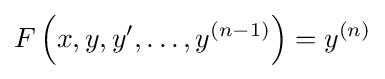
F\left(x,y,y',\ldots ,y^{(n-1)}\right)=y^{(n)}